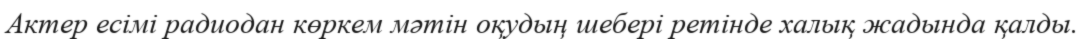
Актер есімі радиодан көркем мәтін оқудың шебері ретінде халық жадында қалды.